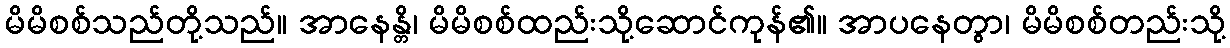
မိမိစစ်သည်တို့သည်။ အာနေန္တိ၊ မိမိစစ်ထည်းသို့ဆောင်ကုန်၏။ အာပနေတွာ၊ မိမိစစ်တည်းသို့